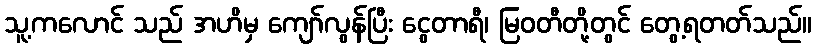
သူ့ကလောင် သည် အဟိမှ ကျော်လွန်ပြီး ငွေတာရီ၊ မြဝတီတို့တွင် တွေ့ရတတ်သည်။